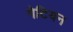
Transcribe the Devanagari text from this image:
गेटियन